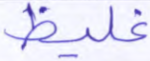
غليظ